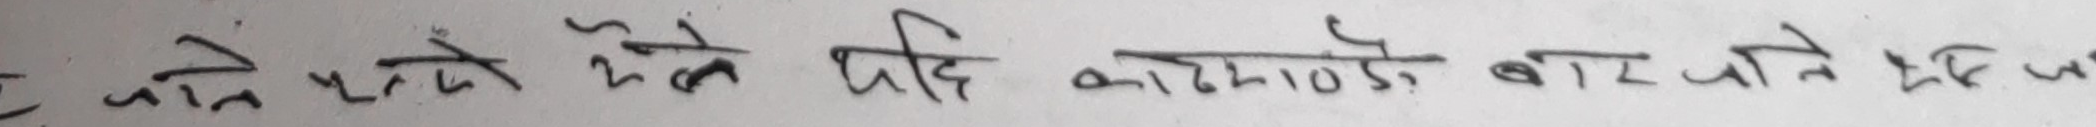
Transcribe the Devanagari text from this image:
कहाँ जाने यस्तो देखि यदि काठमाडौं बार जाने हो